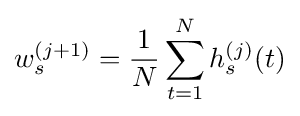
w_{s}^{(j+1)}={\frac {1}{N}}\sum _{t=1}^{N}h_{s}^{(j)}(t)